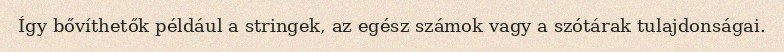
Így bővíthetők például a stringek, az egész számok vagy a szótárak tulajdonságai.